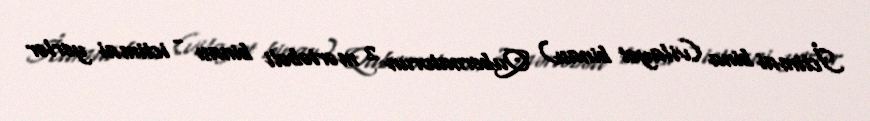
İctimai bina (vilayət binası) Qubernatorun 2 mərtəbəli binası - ictimai yerlər